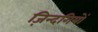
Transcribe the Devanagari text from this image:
ज़िन्दगियों